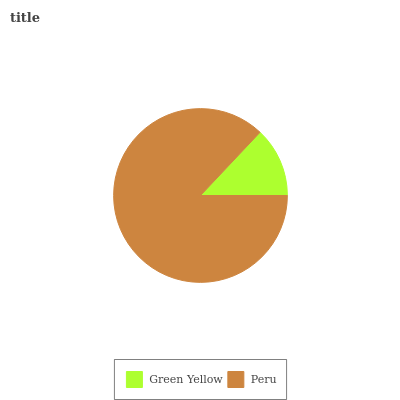
| Green Yellow | Peru |
 | --- | --- |
 | 13% | 87% |